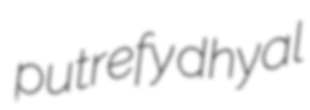
putrefy dhyal